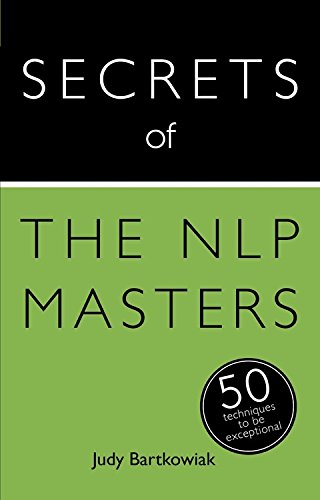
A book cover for Secrets of the NLP Masters: 50 Techniques to be Exceptional (Teach Yourself); Judy Bartkowiak; Self-Help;